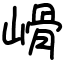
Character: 𡻋